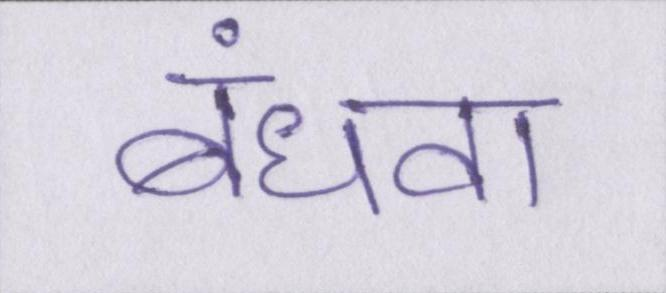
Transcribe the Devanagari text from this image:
बंधवा